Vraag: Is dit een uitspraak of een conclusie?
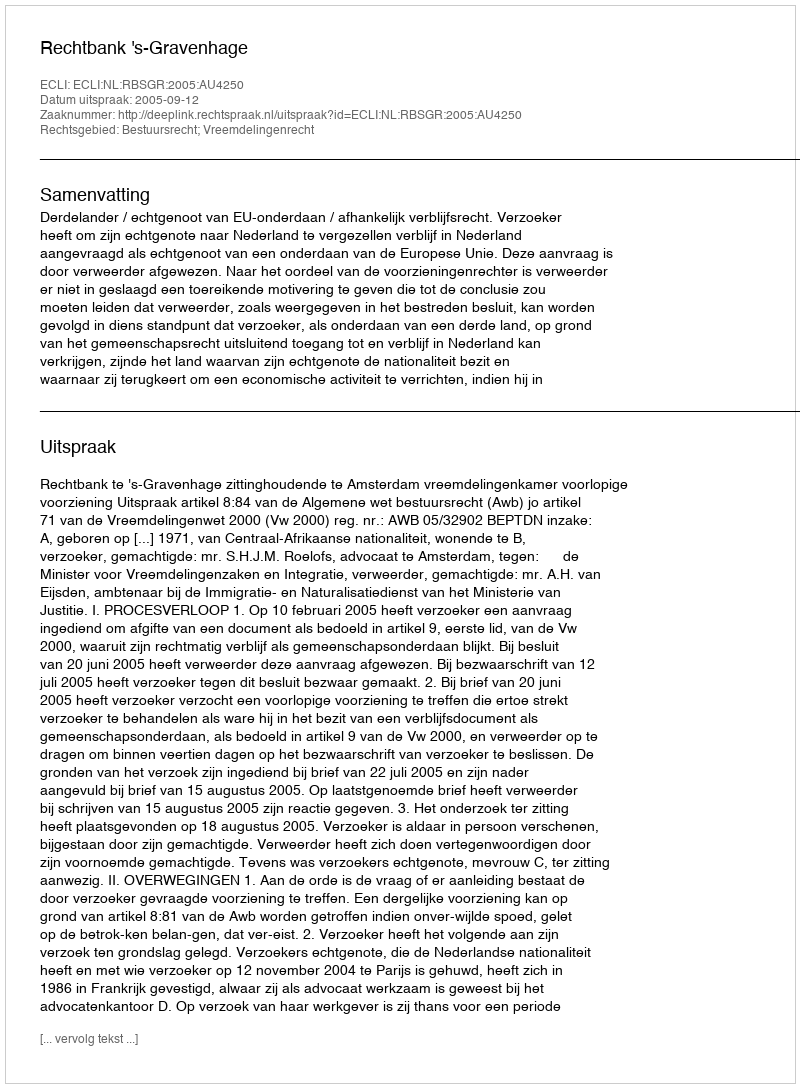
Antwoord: Uitspraak